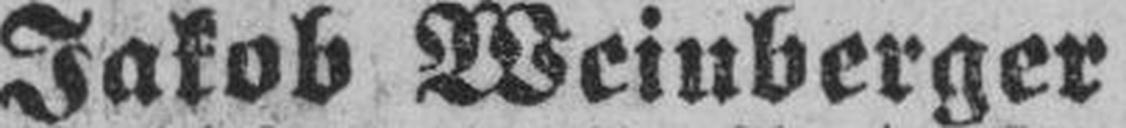
Jakob Weinberger